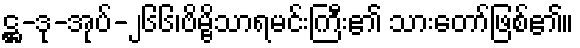
ဋ္ဌ-ဒု-အုပ်-၂၆၆၊ဗိမ္ဗိသာရမင်းကြီး၏ သားတော်ဖြစ်၏။